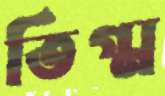
তিগ্ম